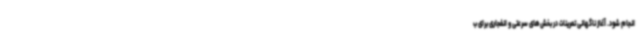
انجام شود. آغاز ناگهانی تمرینات در بخش‌های سرعتی و انفجاری برای ب